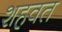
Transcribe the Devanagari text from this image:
शहवत